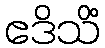
ဧဒိသိံ